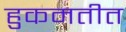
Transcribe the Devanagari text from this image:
हुकमतीत